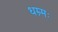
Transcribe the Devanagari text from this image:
धम्र्मः